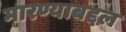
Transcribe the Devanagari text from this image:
मारण्याबद्दल